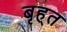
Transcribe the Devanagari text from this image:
बृह्त